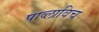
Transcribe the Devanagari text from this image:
पाव्लाविच